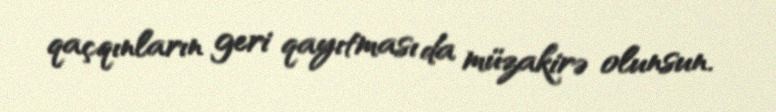
qaçqınların geri qayıtması da müzakirə olunsun.